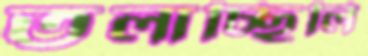
তলাচ্ছিলি